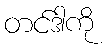
တင်ဒါကို